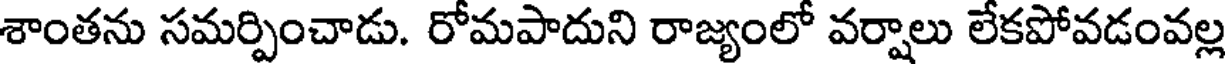
శాంతను సమర్పించాడు. రోమపాదుని రాజ్యంలో వర్షాలు లేకపోవడంవల్ల